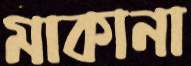
মাকানা